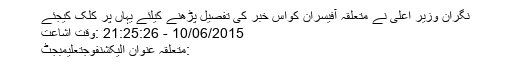
نگران وزیر اعلیٰ نے متعلقہ آفیسران کواس خبر کی تفصیل پڑھنے کیلئے یہاں پر کلک کیجئے
10/06/2015 - 21:25:26 :وقت اشاعت
:متعلقہ عنوان الیکشنفوجتعلیمبجٹ